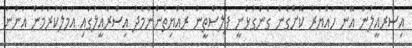
އިސްރާއީލުން އޭނާ ހައްޔަރު ކޮށްގެން ގެންގުޅެނީ ފަލަސްތީނު ރައްޔިތުންނާމެދު އިސްރާއީލުގައި އަމަލުކުރަމުން އަންނަ